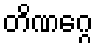
တိဏဂ္ဂေ